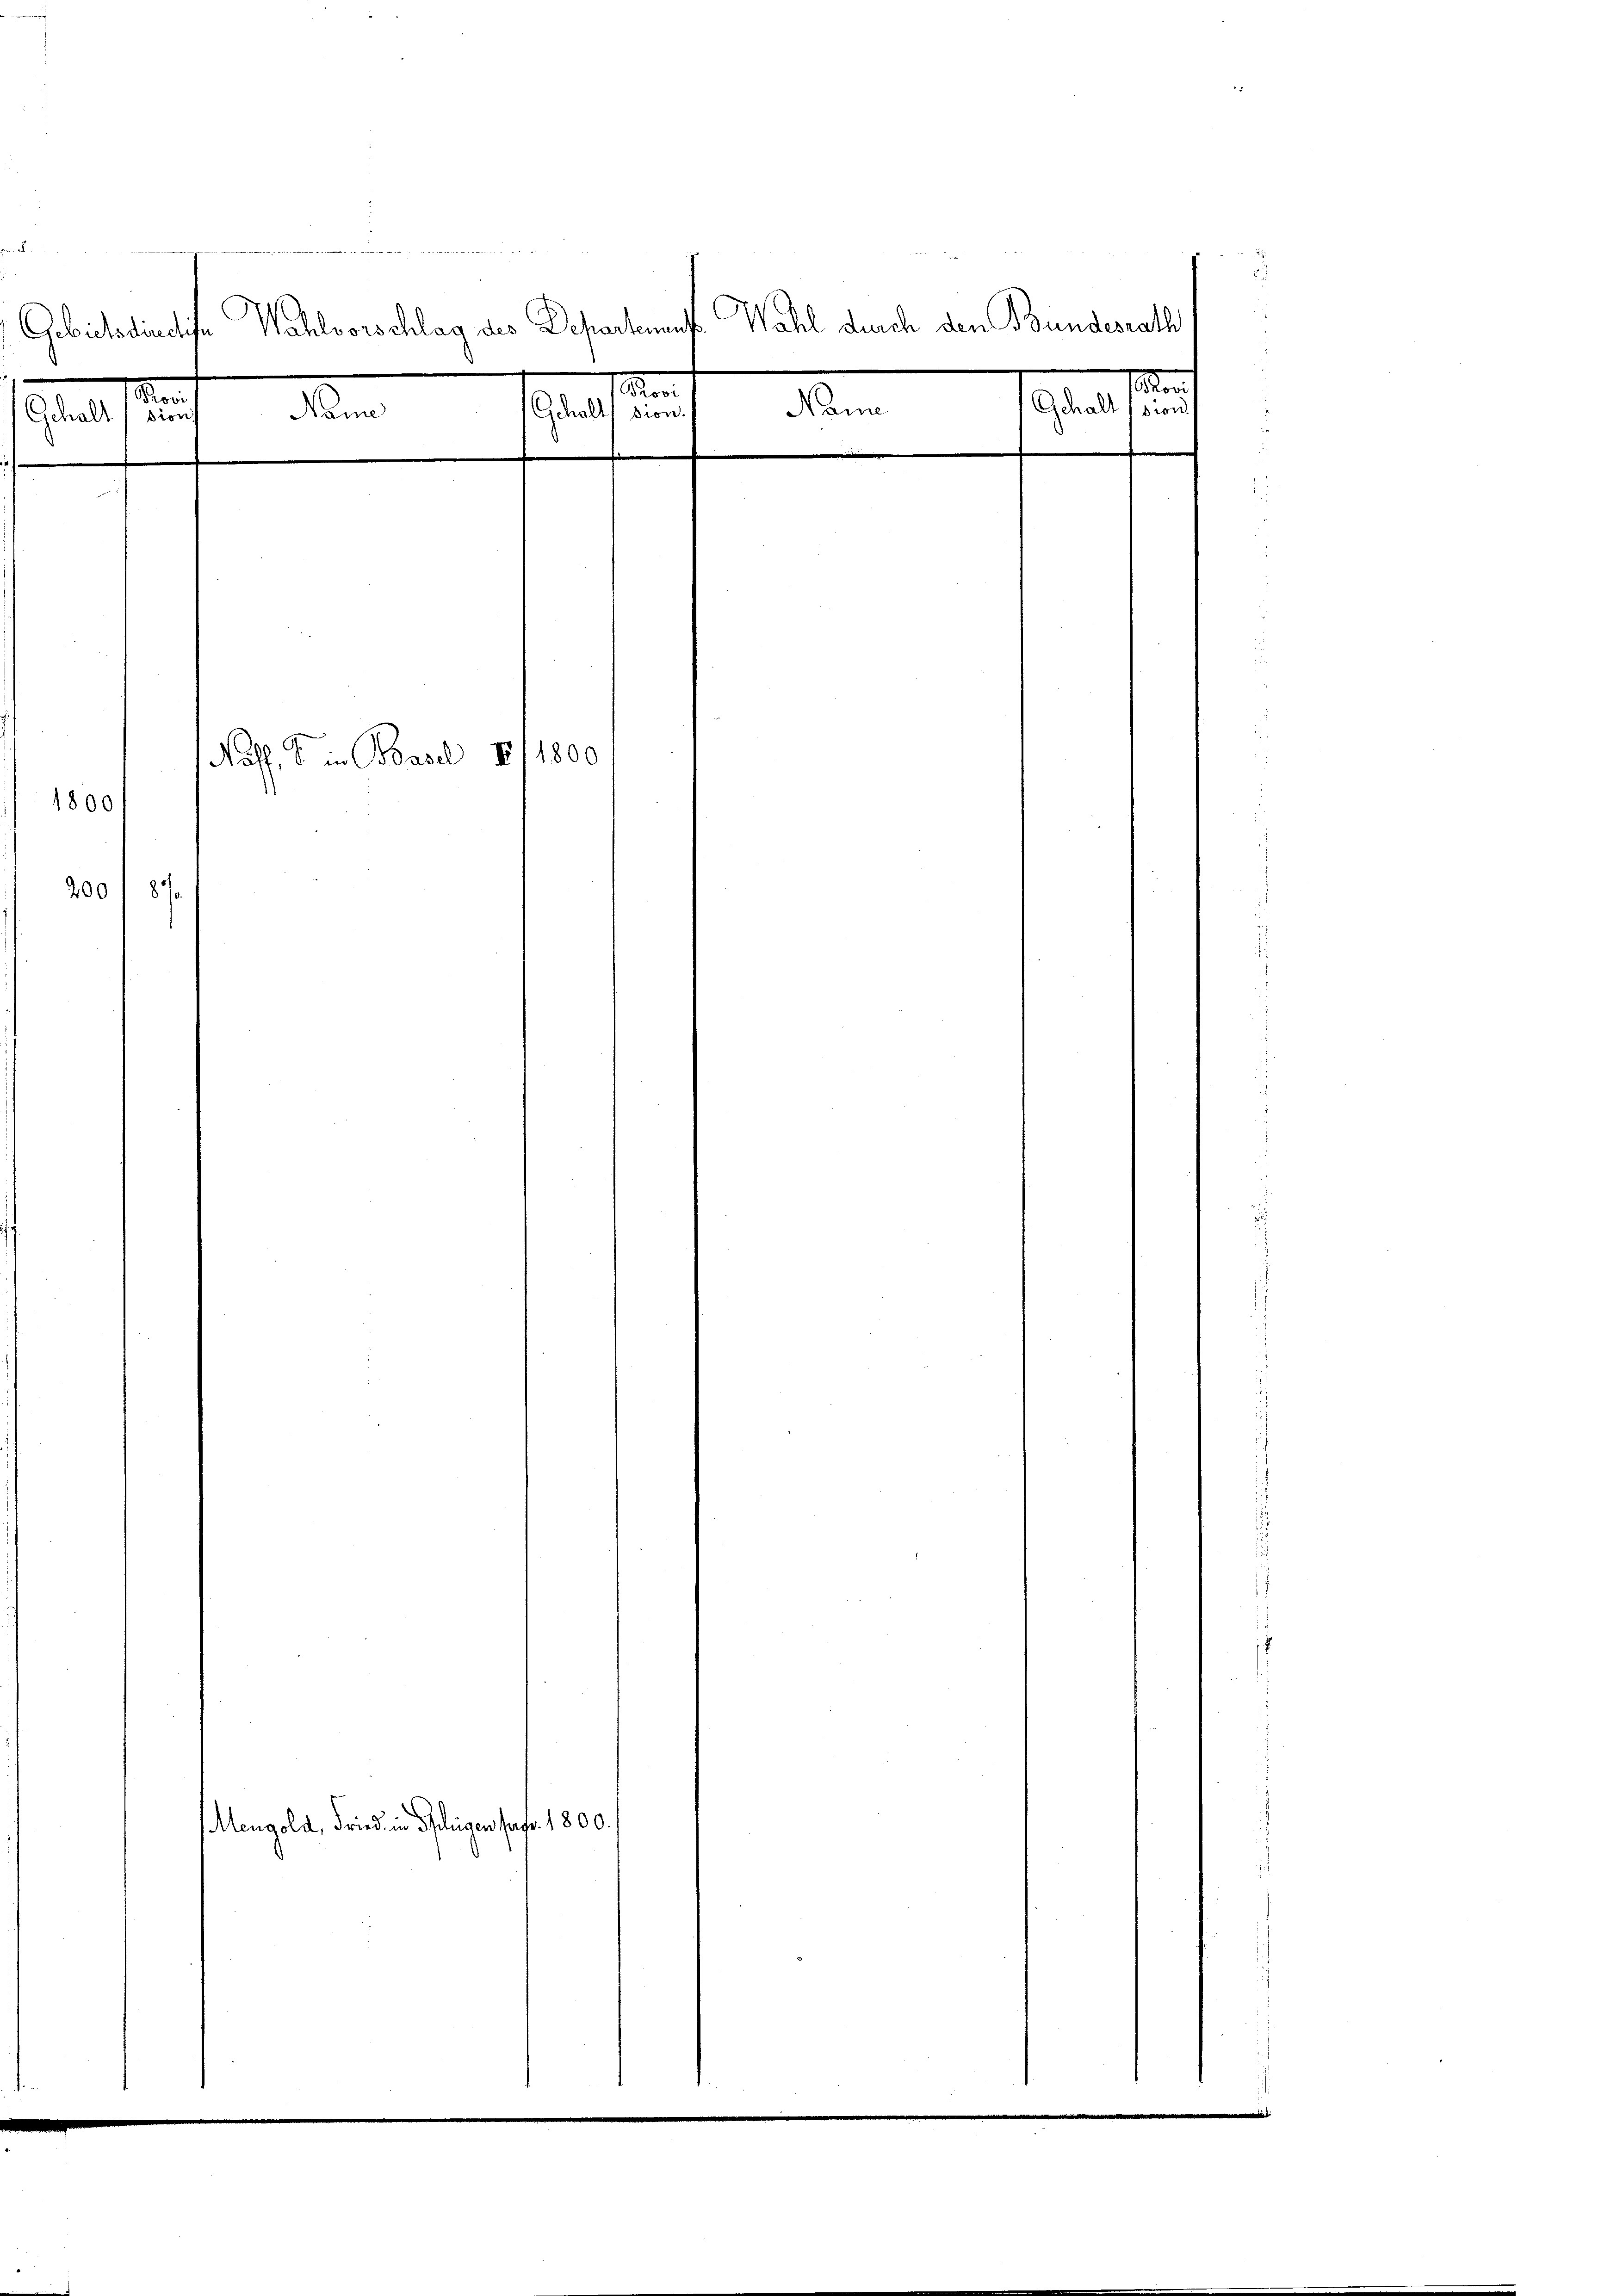
i
Gebietsdindliche Wahlvorschlag des Departement Wahl durch den Bundesrath
.
en
e
sit de
Gehalt sie
Gerall
e
Geltung

200

1800

¬

Nass. S. in Basel III 1800

Mengold, Fried in Schlegen pass. 1800.